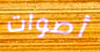
أصوات